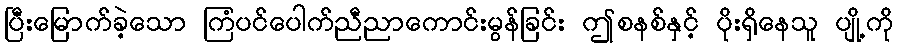
ပြီးမြောက်ခဲ့သော ကြံပင်ပေါက်ညီညာကောင်းမွန်ခြင်း ဤစနစ်နှင့် ပိုးရှိနေသူ ပျို့ကို